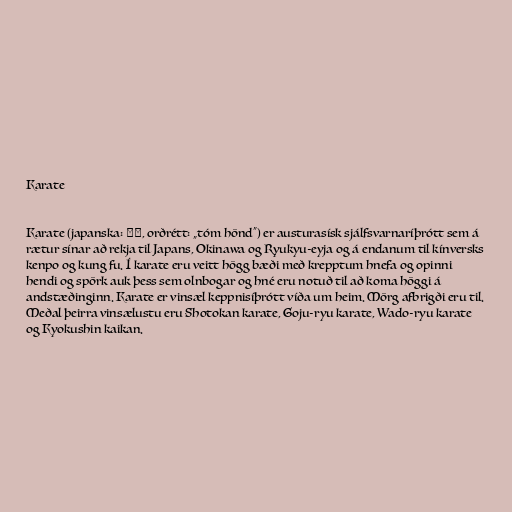
Karate

Karate (japanska: 空手, orðrétt: „tóm hönd“) er austurasísk sjálfsvarnaríþrótt sem á
rætur sínar að rekja til Japans, Okinawa og Ryukyu-eyja og á endanum til kínversks
kenpo og kung fu. Í karate eru veitt högg bæði með krepptum hnefa og opinni
hendi og spörk auk þess sem olnbogar og hné eru notuð til að koma höggi á
andstæðinginn. Karate er vinsæl keppnisíþrótt víða um heim. Mörg afbrigði eru til.
Meðal þeirra vinsælustu eru Shotokan karate, Goju-ryu karate, Wado-ryu karate
og Kyokushin kaikan.